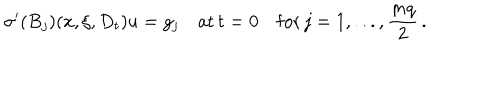
LaTeX: { \sigma } ^ { \prime } ( B _ { j } ) ( x , \xi , D _ { t } ) u = g _ { j } \quad \mathrm { a t } \, t = 0 \quad \mathrm { f o r } \, j = 1 , . . . , \frac { m q } { 2 } \, .